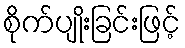
စိုက်ပျိုးခြင်းဖြင့်